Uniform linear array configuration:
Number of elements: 24
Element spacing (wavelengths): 0.5
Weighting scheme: cosine
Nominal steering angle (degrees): -60
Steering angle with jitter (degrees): -60.597
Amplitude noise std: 0.05
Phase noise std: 0.05

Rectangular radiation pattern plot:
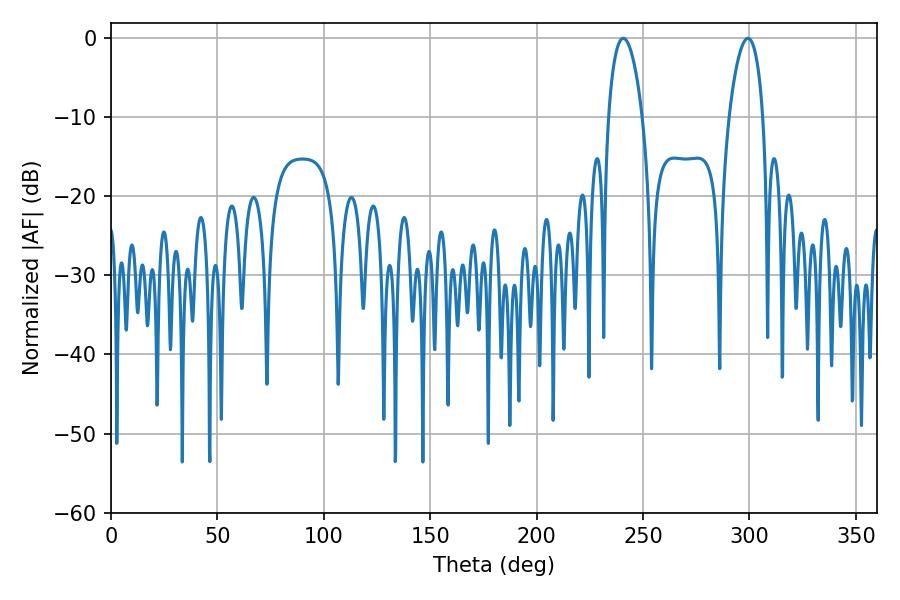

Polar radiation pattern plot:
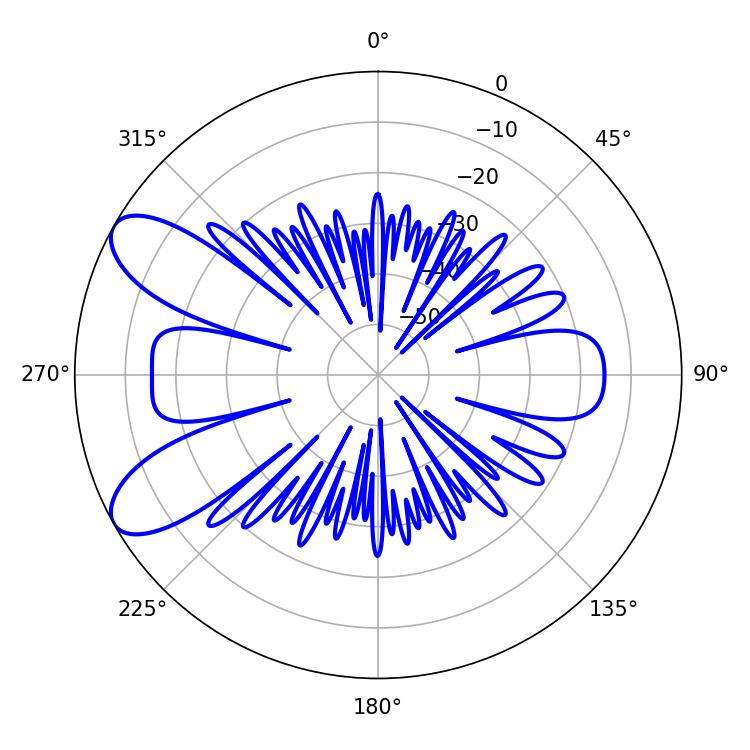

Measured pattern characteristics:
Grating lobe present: FALSE
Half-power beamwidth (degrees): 9
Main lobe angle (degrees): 240.66